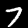
Digit: 7